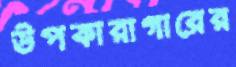
উপকারাগারের